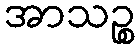
အာသဉ္စ